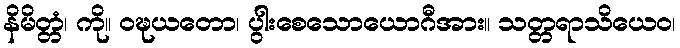
နိမိတ္တံ၊ ကို။ ဝဍ္ဎယတော၊ ပွါးစေသောယောဂီအား။ သတ္တရာသိယေဝ၊